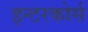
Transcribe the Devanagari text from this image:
इन्टरकोर्स